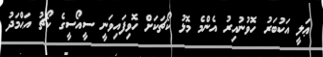
ޢަލީ އަކުބަރު ހޮވުނުއިރު އެންމެ މޮޅު ކޯޗަކަށް ހޮވިފައިވަނީ ސީއޯސީގެ ކޯޗު އަޙްމަދު